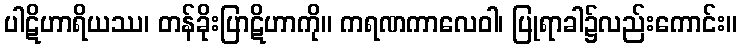
ပါဋိဟာရိယဿ၊ တန်ခိုးပြာဋိဟာကို။ ကရဏကာလေဝါ၊ ပြုရာခါ၌လည်းကောင်း။